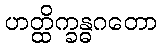
ဟတ္ထိက္ခန္ဓဂတော